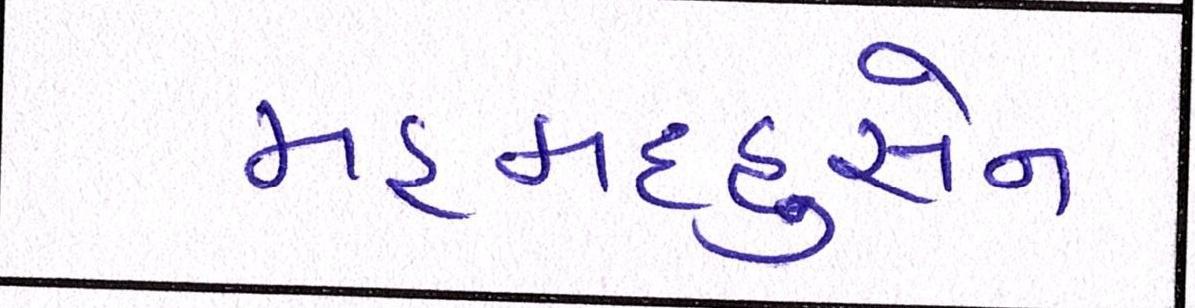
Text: મહમદહુસેન